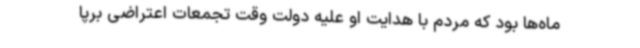
ماه‌ها بود که مردم با هدایت او علیه دولت وقت تجمعات اعتراضی برپا